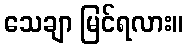
သေချာ မြင်ရလား။